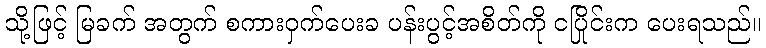
သို့ဖြင့် မြခက် အတွက် စကားဝှက်ပေးခ ပန်းပွင့်အစိတ်ကို ငပြိုင်းက ပေးရသည်။